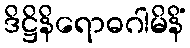
ဒိဋ္ဌိနိရောဓဂါမိနိံ